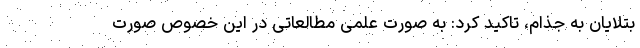
بتلایان به جذام، تاکید کرد: به صورت علمی مطالعاتی در این خصوص صورت